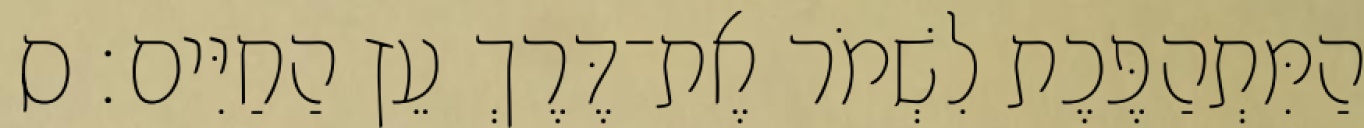
הַמִּתְהַפֶּכֶת לִשְׁמֹר אֶת־דֶּרֶךְ עֵץ הַחַיִּים׃ ס